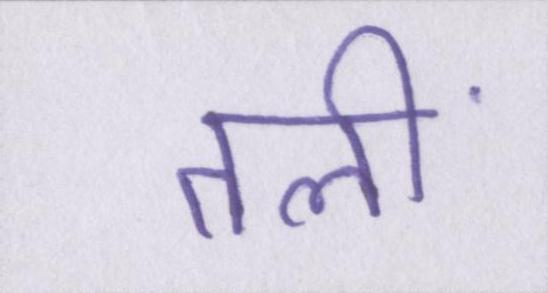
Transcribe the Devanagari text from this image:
तलीं